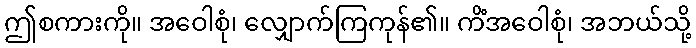
ဤစကားကို။ အဝေါစုံ၊ လျှောက်ကြကုန်၏။ ကိံအဝေါစုံ၊ အဘယ်သို့